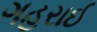
ગહરાઈ